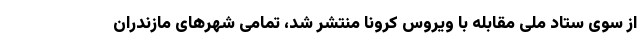
از سوی ستاد ملی مقابله با ویروس کرونا منتشر شد، تمامی شهرهای مازندران